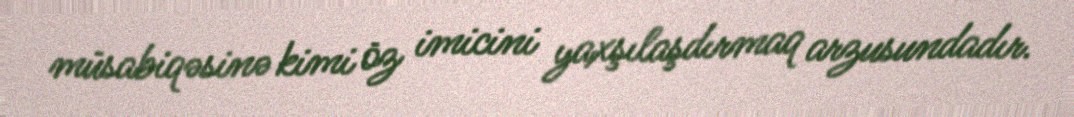
müsabiqəsinə kimi öz imicini yaxşılaşdırmaq arzusundadır.